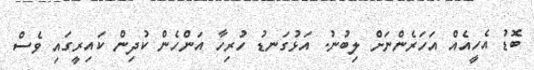
ބޮޑު އެހީއެއް އަހަރެންނަށް ލިބުނު. އަޅުގަނޑު ހުރިހާ އަންހެން ކުދިން ކައިރީގައި ވެސް